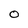
Character: O